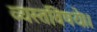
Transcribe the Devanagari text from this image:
व्यस्तविषये।।